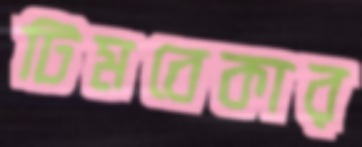
টিমবেকার